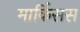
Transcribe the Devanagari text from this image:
मार्किसस